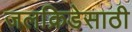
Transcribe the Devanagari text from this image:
जलक्रिडेसाठी